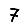
Digit: 7